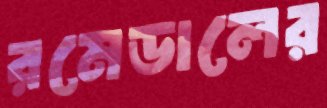
রমেডালের